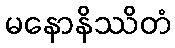
မနောနိဿိတံ